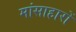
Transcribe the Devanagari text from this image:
मांसाहारों